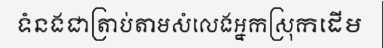
ទំនងជាត្រាប់តាមសំលេងអ្នកស្រុកដើម